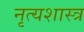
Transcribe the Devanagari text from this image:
नृत्‍यशास्‍त्र